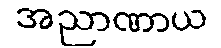
အညာဏာယ